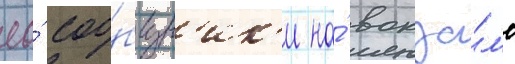
ео́ соо́бщн'ик'и на́ вокза́л'е